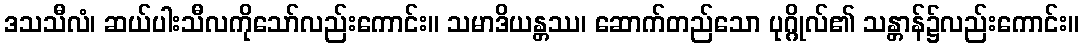
ဒသသီလံ၊ ဆယ်ပါးသီလကိုသော်လည်းကောင်း။ သမာဒိယန္တဿ၊ ဆောက်တည်သော ပုဂ္ဂိုလ်၏ သန္တာန်၌လည်းကောင်း။